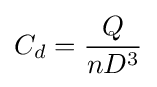
{C_{d}}={Q \over nD^{3}}